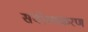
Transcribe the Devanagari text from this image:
संबोधप्रकरण